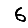
Digit: 6